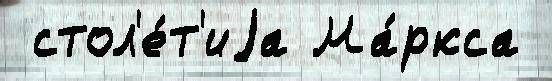
 стол'е́т'иjа Ма́ркса